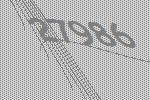
27986